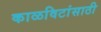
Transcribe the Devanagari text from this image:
काळविटांसाठी